Lock hospitals Punjab
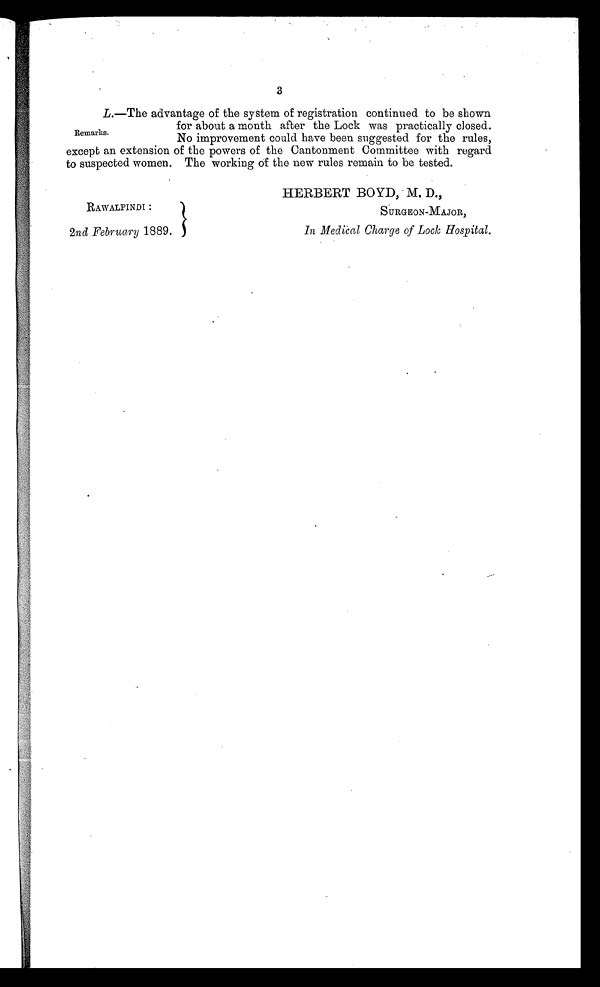
3
L.—The advantage of the system of registration continued to be shown
for about a month after the Lock was practically closed.
No improvement could have been suggested for the rules,
except an extension of the powers of the Cantonment Committee with regard
to suspected women. The working of the new rules remain to be tested.
Remarks.
RAWALPINDI :
2nd February 1889.
HERBERT BOYD, M. D.,
SURGEON-MAJOR,
In Medical Charge of Lock, Hospital.